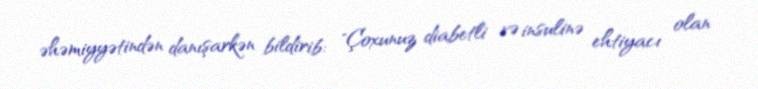
əhəmiyyətindən danışarkən bildirib: "Çoxunuz diabetli və insulinə ehtiyacı olan